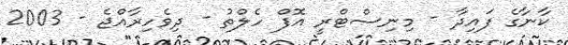
ކާނާގެ ފައިދާ - މިނިސްޓްރީ އޮފް ހެލްތު - ދިވެހިރާއްޖެ - 2003